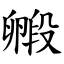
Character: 毈